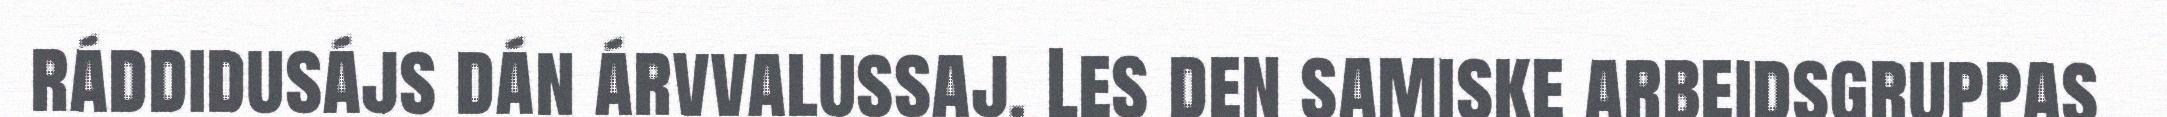
ráddidusájs dán árvvalussaj. Les den samiske arbeidsgruppas